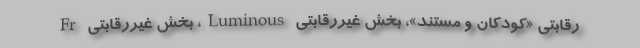
رقابتی «کودکان و مستند»، بخش غیررقابتی Luminous، بخش غیررقابتی Fr